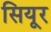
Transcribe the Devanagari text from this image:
सियूर